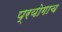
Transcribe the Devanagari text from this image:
प्रयोगाच